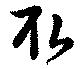
取